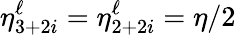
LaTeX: \eta_{3+2i}^{\ell}=\eta_{2+2i}^{\ell}=\eta/2